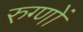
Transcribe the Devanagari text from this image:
रुग्णों